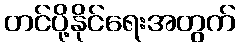
တင်ပို့နိုင်ရေးအတွက်